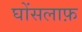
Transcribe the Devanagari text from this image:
घोंसलाफ़